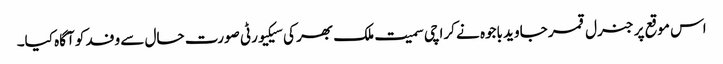
اس موقع پر جنرل قمر جاوید باجوہ نے کراچی سمیت ملک بھر کی سیکیورٹی صورت حال سے وفد کو آگاہ کیا۔